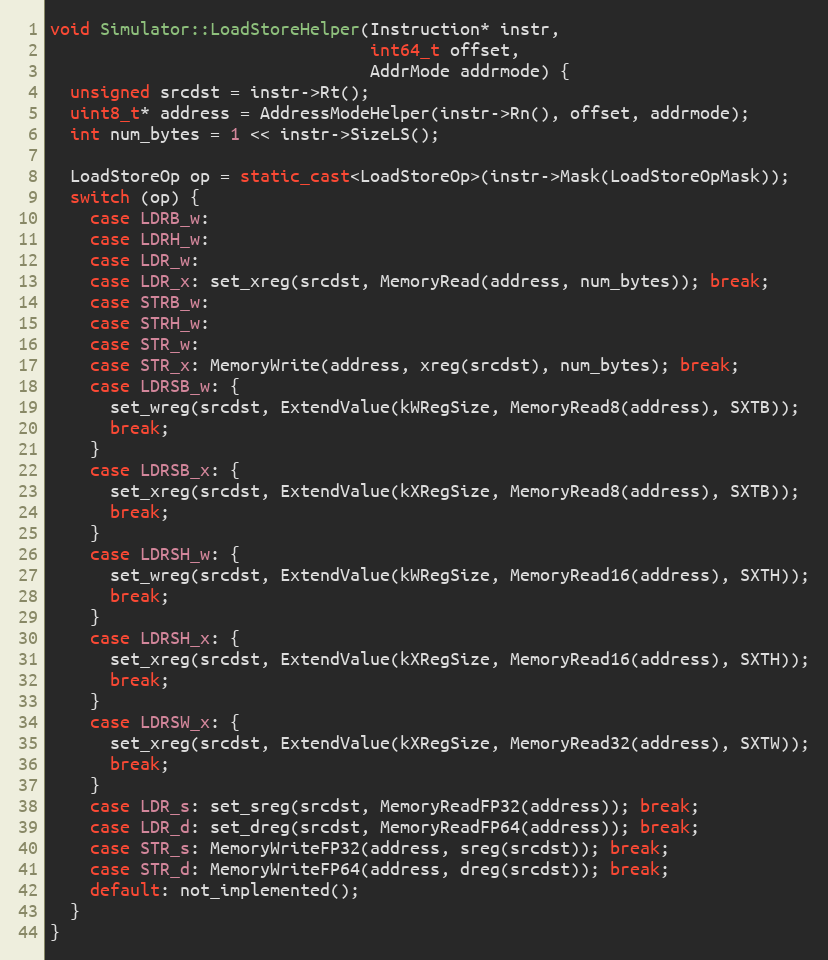
Language: C++
void Simulator::LoadStoreHelper(Instruction* instr,
                                int64_t offset,
                                AddrMode addrmode) {
  unsigned srcdst = instr->Rt();
  uint8_t* address = AddressModeHelper(instr->Rn(), offset, addrmode);
  int num_bytes = 1 << instr->SizeLS();

  LoadStoreOp op = static_cast<LoadStoreOp>(instr->Mask(LoadStoreOpMask));
  switch (op) {
    case LDRB_w:
    case LDRH_w:
    case LDR_w:
    case LDR_x: set_xreg(srcdst, MemoryRead(address, num_bytes)); break;
    case STRB_w:
    case STRH_w:
    case STR_w:
    case STR_x: MemoryWrite(address, xreg(srcdst), num_bytes); break;
    case LDRSB_w: {
      set_wreg(srcdst, ExtendValue(kWRegSize, MemoryRead8(address), SXTB));
      break;
    }
    case LDRSB_x: {
      set_xreg(srcdst, ExtendValue(kXRegSize, MemoryRead8(address), SXTB));
      break;
    }
    case LDRSH_w: {
      set_wreg(srcdst, ExtendValue(kWRegSize, MemoryRead16(address), SXTH));
      break;
    }
    case LDRSH_x: {
      set_xreg(srcdst, ExtendValue(kXRegSize, MemoryRead16(address), SXTH));
      break;
    }
    case LDRSW_x: {
      set_xreg(srcdst, ExtendValue(kXRegSize, MemoryRead32(address), SXTW));
      break;
    }
    case LDR_s: set_sreg(srcdst, MemoryReadFP32(address)); break;
    case LDR_d: set_dreg(srcdst, MemoryReadFP64(address)); break;
    case STR_s: MemoryWriteFP32(address, sreg(srcdst)); break;
    case STR_d: MemoryWriteFP64(address, dreg(srcdst)); break;
    default: not_implemented();
  }
}